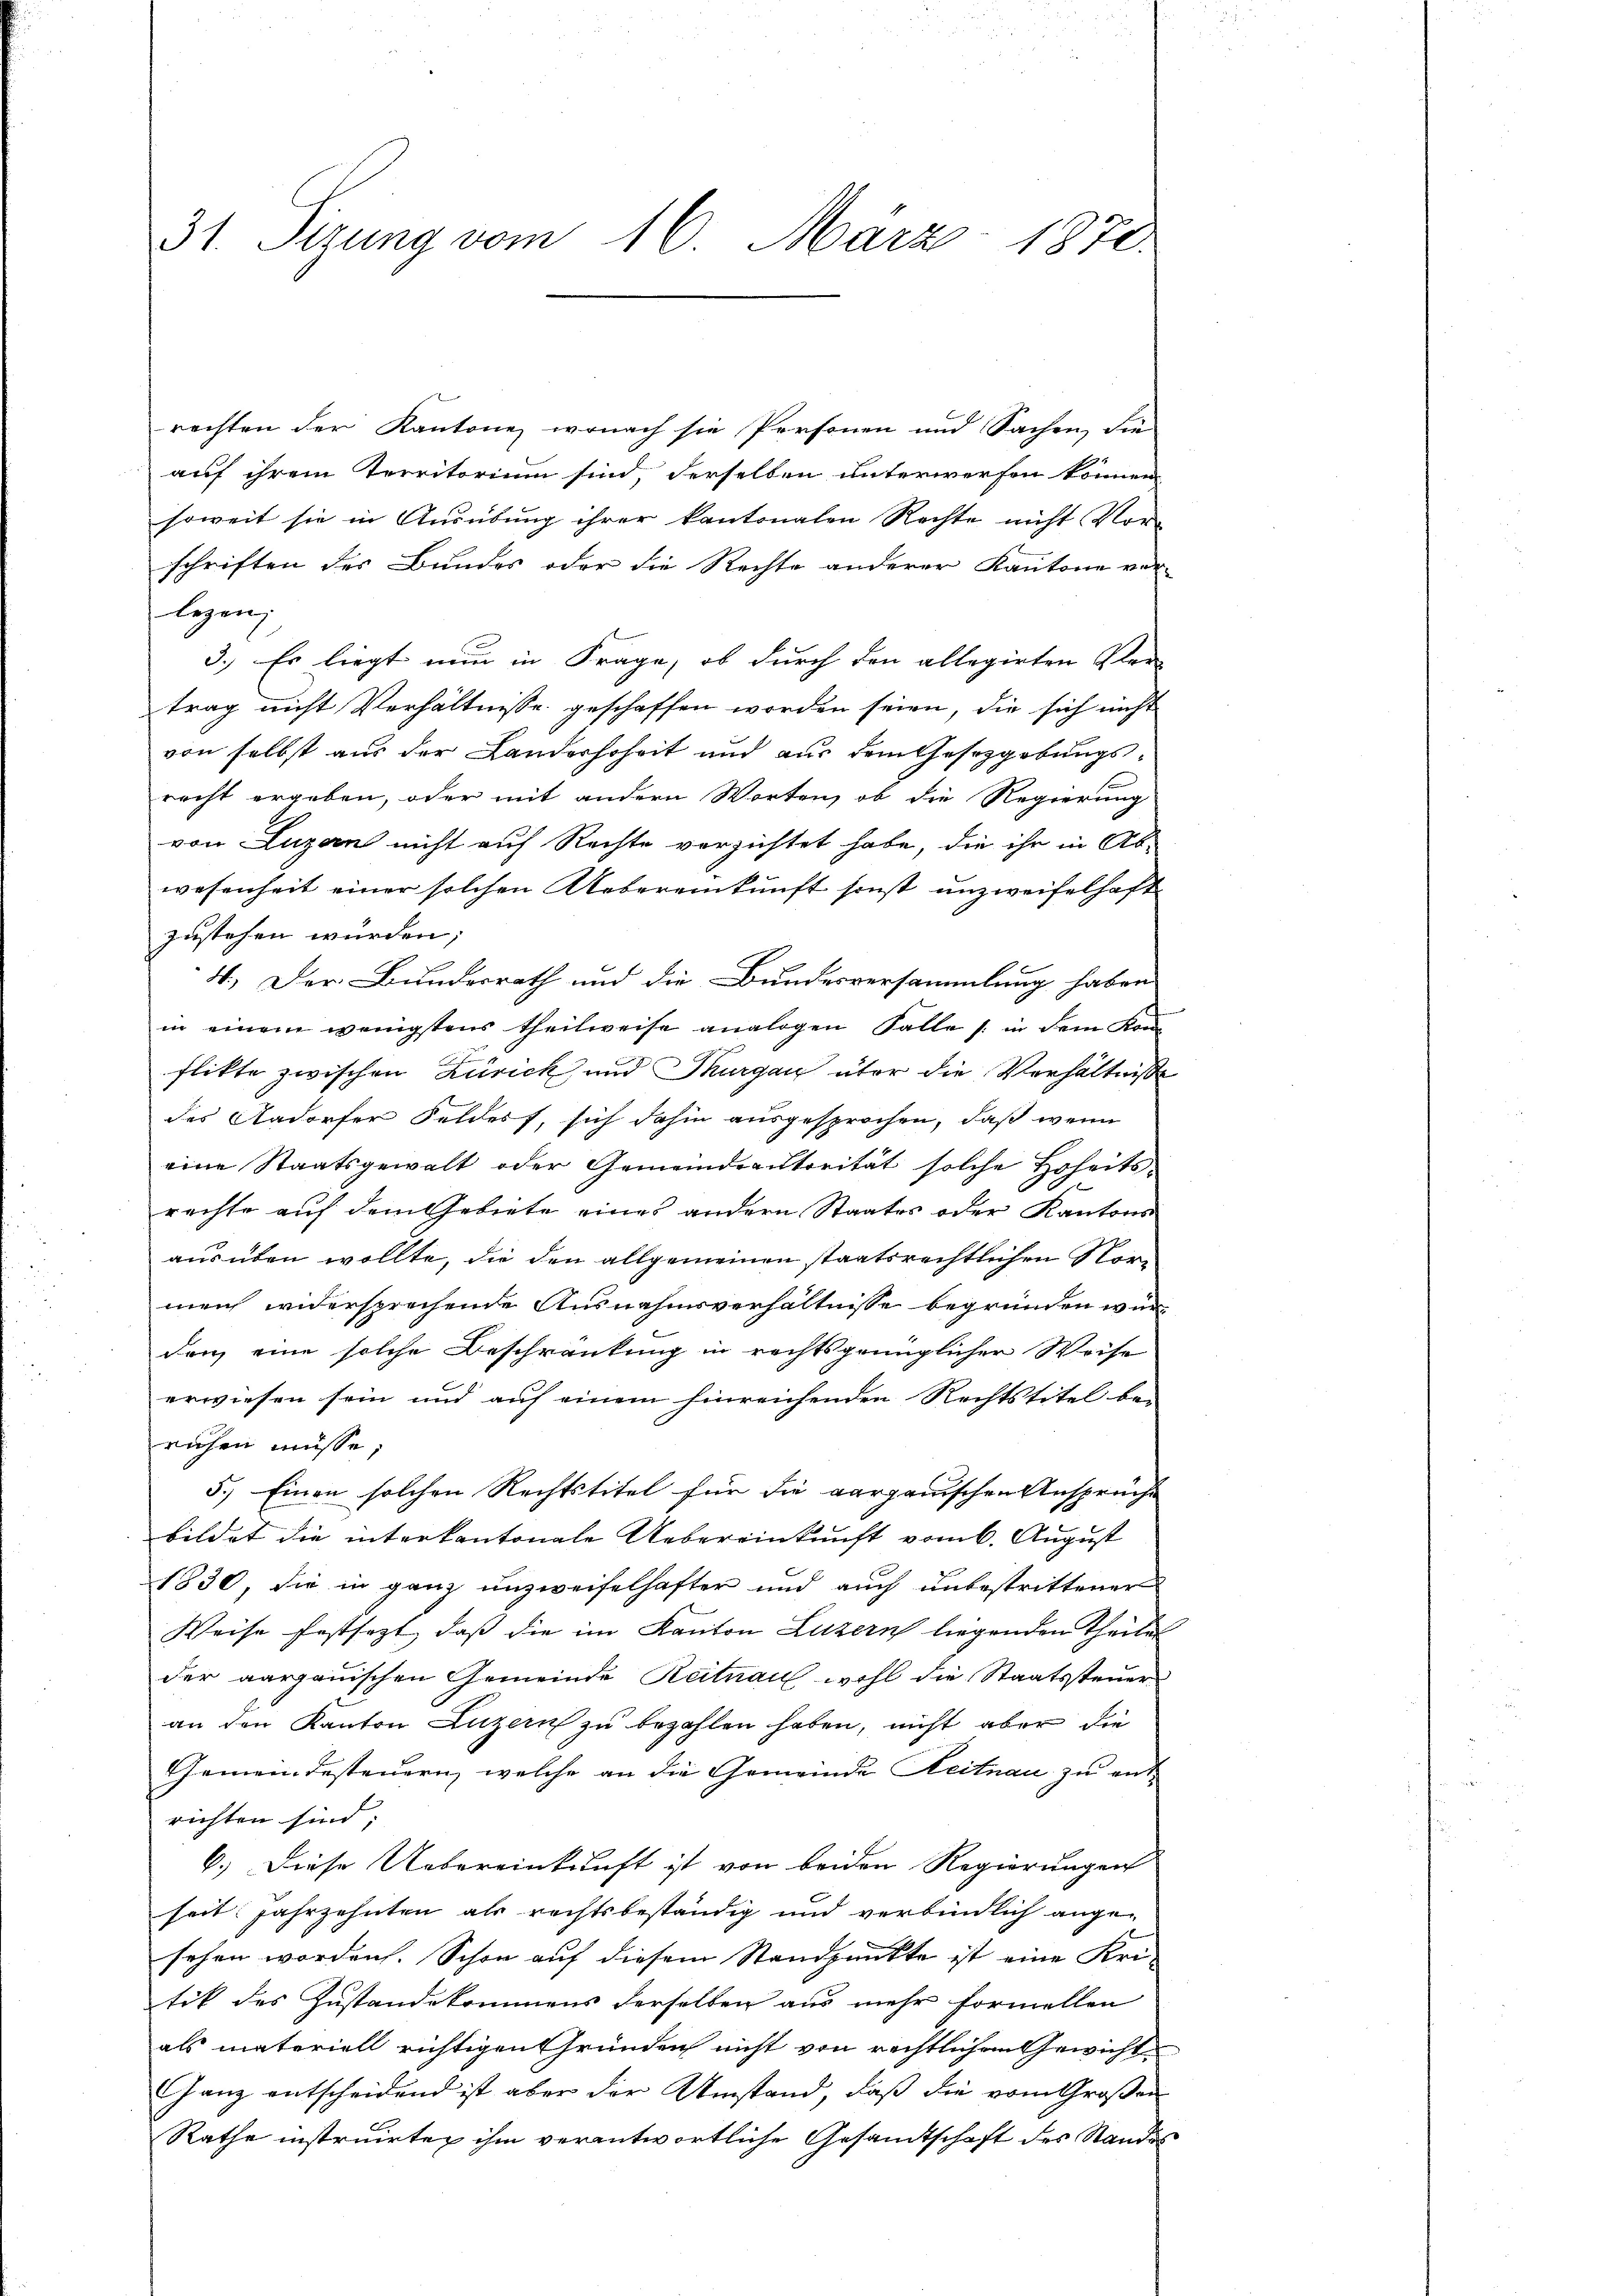
31. Sizung vom 16. März 1870.

rechten der Kantone, wonach sie Personen und Sachen, die
auf ihrem Territorium sind, derselben unterwerfen können
soweit sie in Ausübung ihrer kantonalen Rechte nicht Vor-
schriften des Bundes oder die Rechte anderer Kantone vor-
legen;
3.) Es liegt nun in Frage, ob durch den allegirten Ver-
trag nicht Verhältnisse geschaffen worden seien, die sich nicht
von selbst aus der Landerhoheit und aus dem Gesezgebungsrecht ergeben, oder mit andern Worten, ob die Regierung
von Lugan nicht auf Rechte verzichtet habe, die ihr in Ab-
wesenheit einer solchen Uebereinkunft sonst unzweifelhaft
zustehen wurden;
4.) Der Bundesrath und die Bundesversammlung haben
in einem wenigstens theilweise analogen Falle 1 in dem Kan-
flikte zwischen Zürick und Thurgau über die Verhältniße
des Aadorfer Feldes, sich dahin ausgesprochen, daß wenn
eine Staatsgewalt oder Gemeindeautorität solche Hoheitsrachte auf dem Gebiete eines andern Staates oder Kantons
ausüben wollte, die den allgemeinen staatsrechtlichen Normein widersprechende Ausnahmsverhältnisse begründen wurden eine solche Beschränkung in rechtsgrünglicher Weise
erwiesen sein und auf einem hinreichenden Rechtstitel be-
ruhen müsse,
5.) Einen solchen Rechtstitel für die aargauischen Anspruche
bildet die interkantonale Uebereinkunft vom 6. August
1830, die in ganz unzweifelhafter und auch unbestrittener
Weise festsezt, daß die im Kanton Luzern liegenden Theiles
der aargauischen Gemeinde Reitnau wohl die Staatssteuer
an den Kanton Luzern zu bezahlen haben, nicht aber die
Gemeindesteuern, welche an die Gemeinde Reitnau zu entrichten sind;
6.) Diese Uebereinkunft ist von beiden Regierungen
seit Jahrzehnten als rechtsbeständig und verbindlich ange-
sehen worden. Schon auf diesem Standpunkte ist eine Uri-
tik des Zustandekommens derselben aus mehr formellen
als materiell richtigen Gründen nicht von rechtlichen Gewicht
Ganz entscheidend ist aber der Umstand, daß die vom Großen
Rathe instruirte ihm verantwortliche Gesandtschaft des Standes